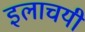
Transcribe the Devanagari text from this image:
इलाचयी